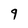
Character: 9